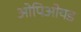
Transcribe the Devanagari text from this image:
ओपिओयड